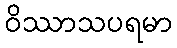
ဝိဿာသပရမာ